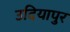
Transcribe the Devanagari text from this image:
उदियापुर